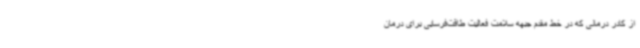
از کادر درمانی که در خط مقدم جبهه سلامت فعالیت طاقت‌فرسایی برای درمان